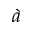
\grave { a }